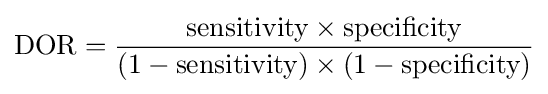
{\text{DOR}}={\frac {{\text{sensitivity}}\times {\text{specificity}}}{\left(1-{\text{sensitivity}}\right)\times \left(1-{\text{specificity}}\right)}}